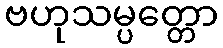
ဗဟုသမ္ပတ္တော